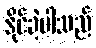
နိုင်ခဲ့ပါသည်